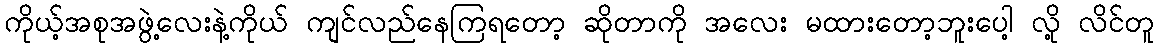
ကိုယ့်အစုအဖွဲ့လေးနဲ့ကိုယ် ကျင်လည်နေကြရတော့ ဆိုတာကို အလေး မထားတော့ဘူးပေါ့ လို့ လိင်တူ